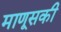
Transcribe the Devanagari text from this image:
माणूसकी